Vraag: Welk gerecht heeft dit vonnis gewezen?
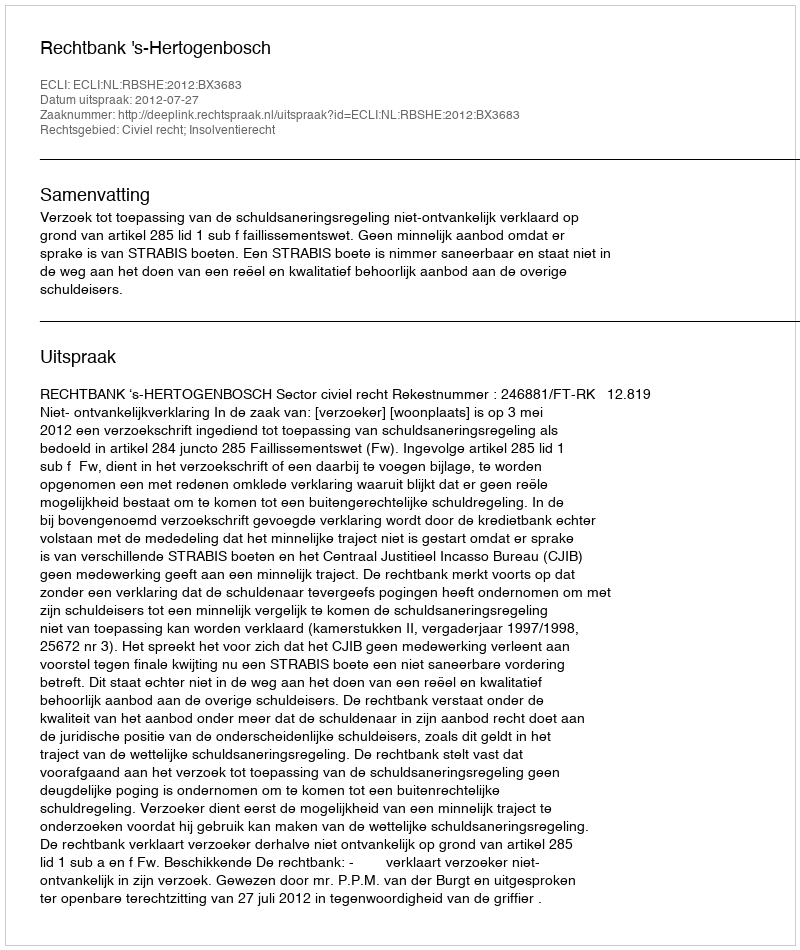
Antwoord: Rechtbank 's-Hertogenbosch